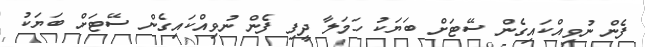
ފެން ނުވިއްކައިގެން ސޭޓަށް ބަޔަކު ހަމަލާ ދީފި ފެން ނުވިއްކައިގެން ސޭޓަށް ބަޔަކު